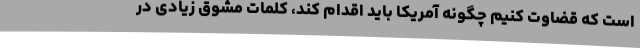
است که قضاوت کنیم چگونه آمریکا باید اقدام کند، کلمات مشوق زیادی در